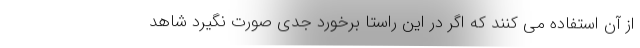
از آن استفاده می کنند که اگر در این راستا برخورد جدی صورت نگیرد شاهد